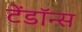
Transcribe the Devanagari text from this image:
टेंडॉन्स